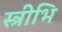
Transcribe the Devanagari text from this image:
स्त्रीभि